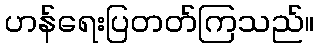
ဟန်ရေးပြတတ်ကြသည်။